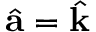
\hat { { \bf a } } = \hat { { \bf k } }